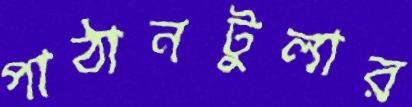
পাঠানটুলার